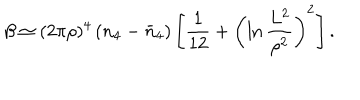
LaTeX: \beta \simeq ( 2 \pi \rho ) ^ { 4 } \left( n _ { 4 } - \bar { n } _ { 4 } \right) \left[ \frac { 1 } { 1 2 } + \left( \ln \frac { L ^ { 2 } } { \rho ^ { 2 } } \right) ^ { 2 } \right] .